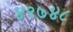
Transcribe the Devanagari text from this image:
४२७४८